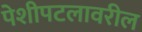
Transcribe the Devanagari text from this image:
पेशीपटलावरील